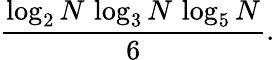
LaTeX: {\frac{\log_{2}N\, \log_{3}N\, \log_{5}N}{6}}.